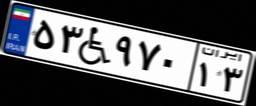
۵۳W۹۷۰۱۳